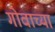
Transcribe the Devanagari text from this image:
गोवाच्या